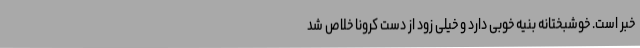
خبر است. خوشبختانه بنیه خوبی دارد و خیلی زود از دست کرونا خلاص شد